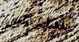
سنبقي